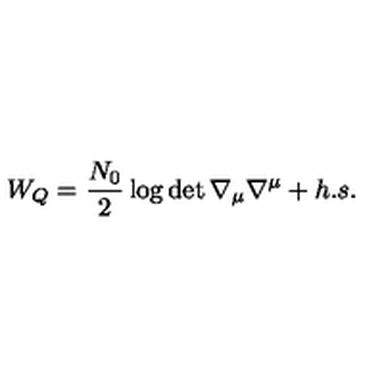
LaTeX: W _ { Q } = { \frac { N _ { 0 } } { 2 } } \log \det \nabla _ { \mu } \nabla ^ { \mu } + h . s .